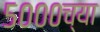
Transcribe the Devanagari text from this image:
५०००च्या